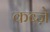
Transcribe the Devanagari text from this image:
कब्‍ज़े